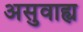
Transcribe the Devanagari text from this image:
असुवाह्य